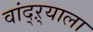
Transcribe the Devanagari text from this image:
वांद्‌ऱ्याला